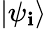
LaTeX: |\psi_{\mathbf{i}}\rangle